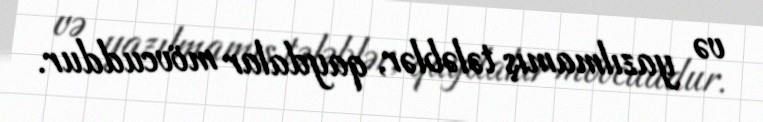
və yazılmamış tələblər, qaydalar mövcuddur.